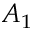
A _ { 1 }